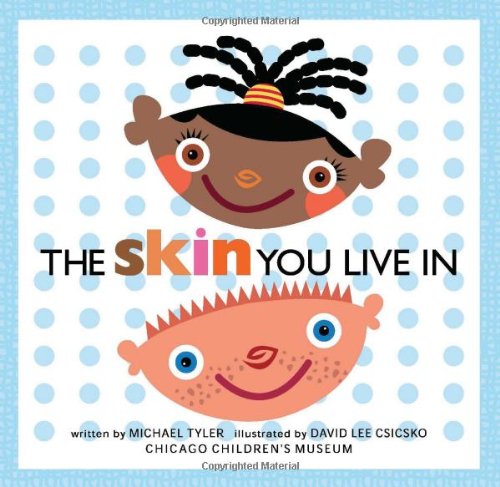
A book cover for The Skin You Live In; Michael Tyler; Children's Books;